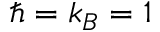
\hbar = k _ { B } = 1